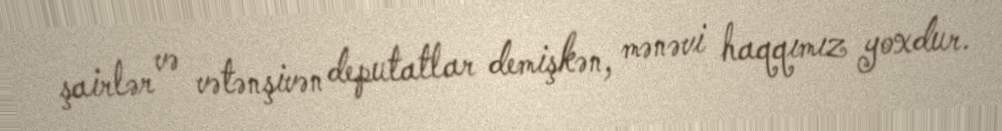
şairlər və vətənşivən deputatlar demişkən, mənəvi haqqımız yoxdur.